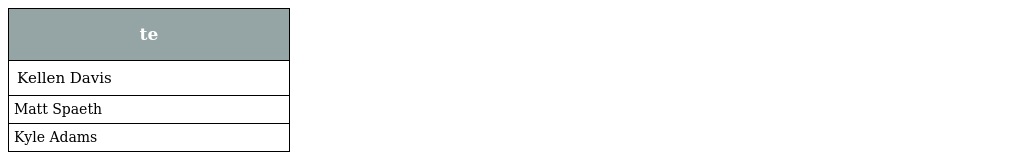
| te |
 | --- |
 | Kellen Davis |
 | Matt Spaeth |
 | Kyle Adams |